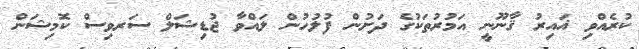
ކުރެއްވި ޣައިރު ޤާނޫނީ އަމުރުތަކުގެ ދަށުން ފުލުހުން ލައްވާ ޖުޑިޝަލް ސަރވިސް ކޮމިޝަން